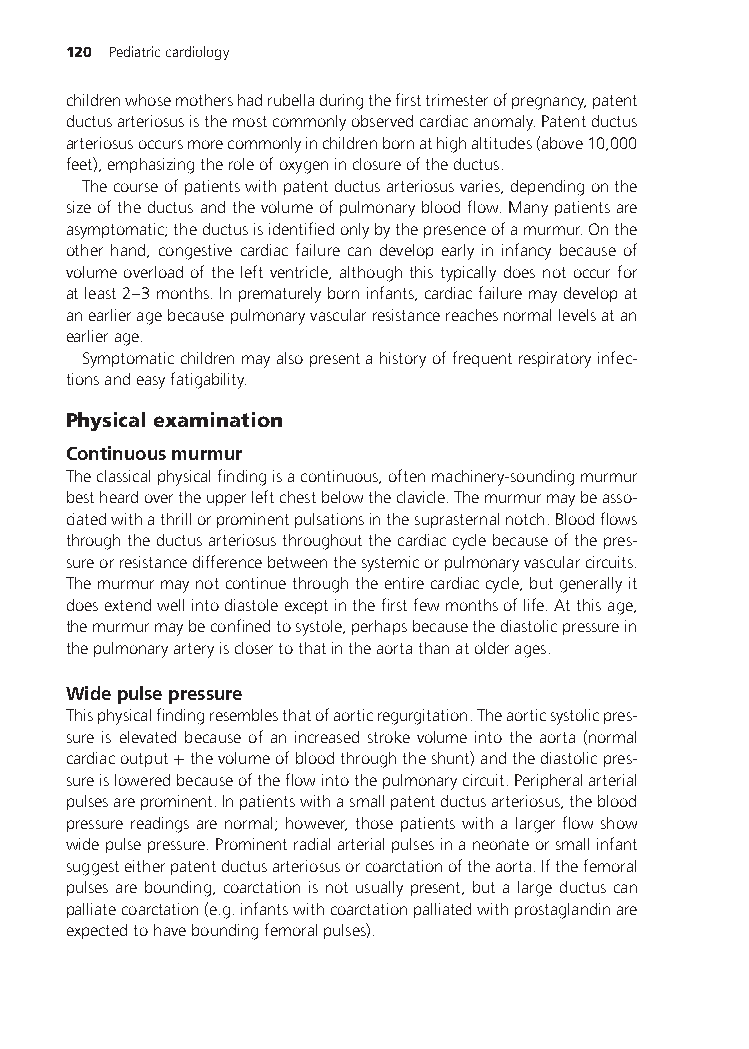
120 Pediatriccardiology
 childrenwhosemothershadrubelladuringthefirsttrimesterofpregnancy,patent
 ductusarteriosusisthemostcommonlyobservedcardiacanomaly.Patentductus
 arteriosusoccursmorecommonlyinchildrenbornathighaltitudes(above10,000
 feet),emphasizingtheroleofoxygeninclosureoftheductus.
 Thecourseofpatientswithpatentductusarteriosusvaries,dependingonthe
 sizeoftheductusandthevolumeofpulmonarybloodflow.Manypatientsare
 asymptomatic;theductusisidentifiedonlybythepresenceofamurmur.Onthe
 other hand, congestive cardiac failure can develop early in infancy because of
 volumeoverloadoftheleftventricle,althoughthistypicallydoesnotoccurfor
 atleast2–3months.Inprematurelyborninfants,cardiacfailuremaydevelopat
 anearlieragebecausepulmonaryvascularresistancereachesnormallevelsatan
 earlierage.
 Symptomaticchildrenmayalsopresentahistoryoffrequentrespiratoryinfec-
 tionsandeasyfatigability.
 Physicalexamination
 Continuousmurmur
 Theclassicalphysicalfindingisacontinuous,oftenmachinery-soundingmurmur
 bestheardovertheupperleftchestbelowtheclavicle.Themurmurmaybeasso-
 ciatedwithathrillorprominentpulsationsinthesuprasternalnotch.Bloodflows
 throughtheductusarteriosusthroughoutthecardiaccyclebecauseofthepres-
 sureorresistancedifferencebetweenthesystemicorpulmonaryvascularcircuits.
 Themurmurmaynotcontinuethroughtheentirecardiaccycle,butgenerallyit
 doesextendwellintodiastoleexceptinthefirstfewmonthsoflife.Atthisage,
 themurmurmaybeconfinedtosystole,perhapsbecausethediastolicpressurein
 thepulmonaryarteryisclosertothatintheaortathanatolderages.
 Widepulsepressure
 Thisphysicalfindingresemblesthatofaorticregurgitation.Theaorticsystolicpres-
 sure is elevated because of an increased stroke volume into the aorta (normal
 cardiacoutput+thevolumeofbloodthroughtheshunt)andthediastolicpres-
 sureisloweredbecauseoftheflowintothepulmonarycircuit.Peripheralarterial
 pulsesareprominent.Inpatientswithasmallpatentductusarteriosus,theblood
 pressure readings arenormal;however,those patientswithalargerflow show
 widepulsepressure.Prominentradialarterialpulsesinaneonateorsmallinfant
 suggesteitherpatentductusarteriosusorcoarctationoftheaorta.Ifthefemoral
 pulses are bounding, coarctation is not usually present, but a large ductus can
 palliatecoarctation(e.g.infantswithcoarctationpalliatedwithprostaglandinare
 expectedtohaveboundingfemoralpulses).